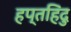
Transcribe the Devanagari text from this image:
हप्तहिंदु